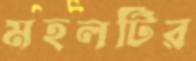
মহলটির